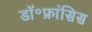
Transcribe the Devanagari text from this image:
डॉ॰फ्रांसिस